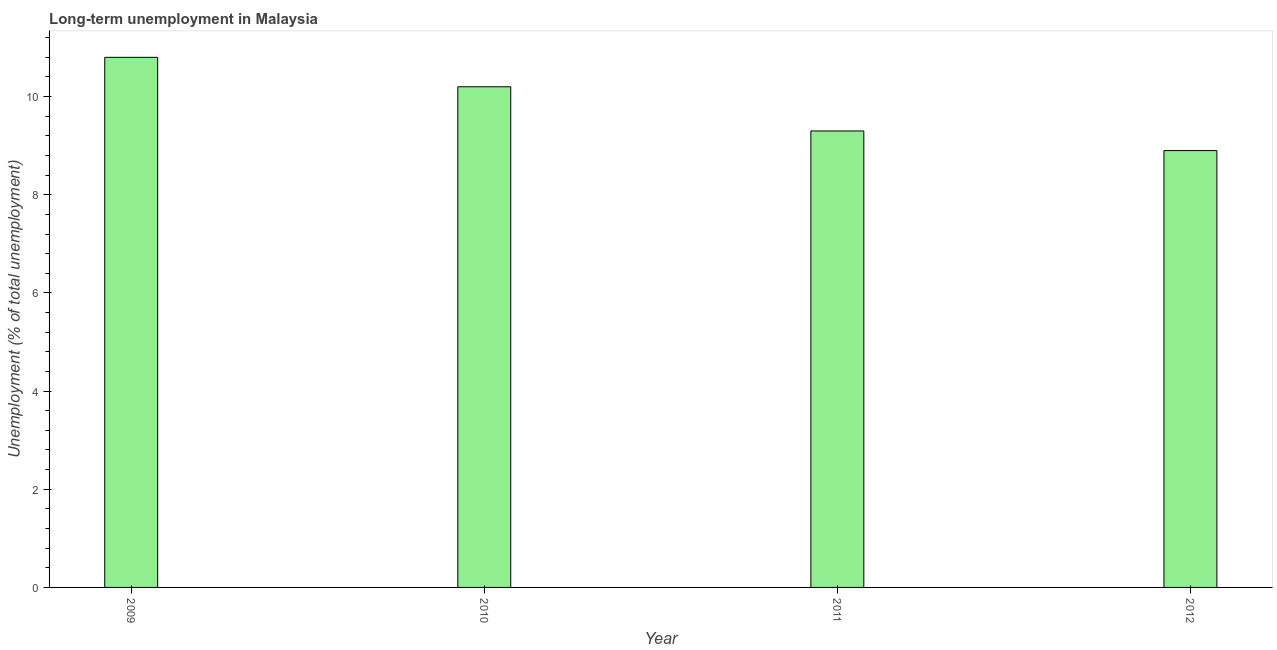
| Year | Long-term unemployment  |
 | --- | --- |
 | 2009 | 10.8 |
 | 2010 | 10.2 |
 | 2011 | 9.3 |
 | 2012 | 8.9 |